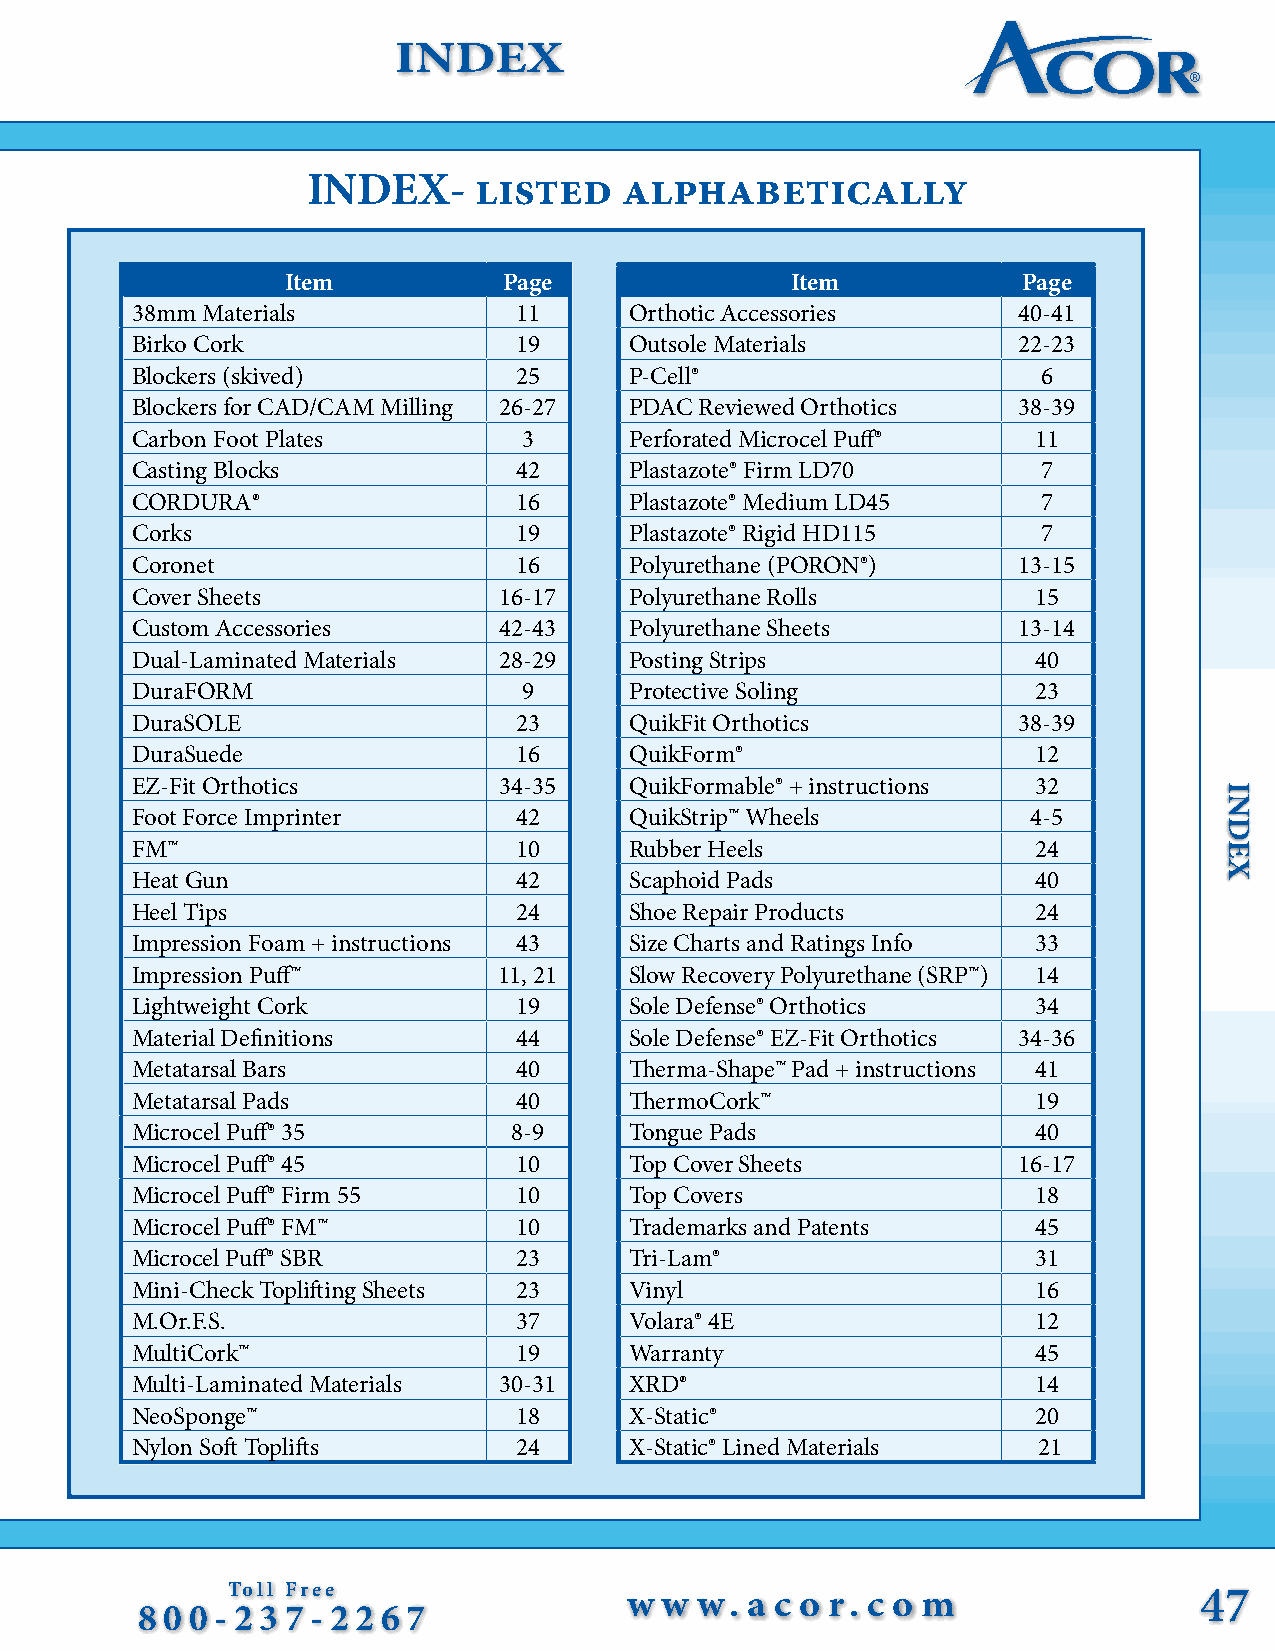
General Order Form        INDEX
 INDEX-      listed   alphabetically
 Item          Page               Item            Page
 38mm Materials           11      Orthotic Accessories     40-41
 Birko Cork               19      Outsole Materials        22-23
 Blockers (skived)        25      P-Cell®                    6
 Blockers for CAD/CAM Milling 26-27 PDAC Reviewed Orthotics 38-39
 Carbon Foot Plates        3      Perforated Microcel Puff®  11
 Casting Blocks           42      Plastazote® Firm LD70      7
 CORDURA®                 16      Plastazote® Medium LD45    7
 Corks                    19      Plastazote® Rigid HD115    7
 Coronet                  16      Polyurethane (PORON®)    13-15
 Cover Sheets            16-17    Polyurethane Rolls         15
 Custom Accessories      42-43    Polyurethane Sheets      13-14
 Dual-Laminated Materials 28-29   Posting Strips             40
 DuraFORM                  9      Protective Soling          23
 DuraSOLE                 23      QuikFit Orthotics        38-39
 DuraSuede                16      QuikForm®                  12
 EZ-Fit Orthotics        34-35    QuikFormable® + instructions 32
 Foot Force Imprinter     42      QuikStrip™ Wheels         4-5
 FM™                      10      Rubber Heels               24
 Heat Gun                 42      Scaphoid Pads              40
 Heel Tips                24      Shoe Repair Products       24
 Impression Foam + instructions 43 Size Charts and Ratings Info 33
 Impression Puff™        11, 21   Slow Recovery Polyurethane (SRP™) 14
 Lightweight Cork         19      Sole Defense® Orthotics    34
 Material Definitions     44      Sole Defense® EZ-Fit Orthotics 34-36
 Metatarsal Bars          40      Therma-Shape™ Pad + instructions 41
 Metatarsal Pads          40      ThermoCork™                19
 Microcel Puff® 35        8-9     Tongue Pads                40
 Microcel Puff® 45        10      Top Cover Sheets         16-17
 Microcel Puff® Firm 55   10      Top Covers                 18
 Microcel Puff® FM™       10      Trademarks and Patents     45
 Microcel Puff® SBR       23      Tri-Lam®                   31
 Mini-Check Toplifting Sheets 23  Vinyl                      16
 M.Or.F.S.                37      Volara® 4E                 12
 MultiCork™               19      Warranty                   45
 Multi-Laminated Materials 30-31  XRD®                       14
 NeoSponge™               18      X-Static®                  20
 Nylon Soft Toplifts      24      X-Static® Lined Materials  21
 Toll Free                 w  w w.  a c o r. c o m               47
 8 0 0 - 2 3 7 - 2 2 6 7
 INDEX